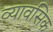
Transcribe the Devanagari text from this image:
व्यावसिक